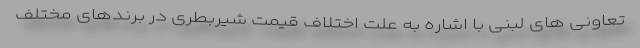
تعاونی های لبنی با اشاره به علت اختلاف قیمت شیربطری در برندهای مختلف